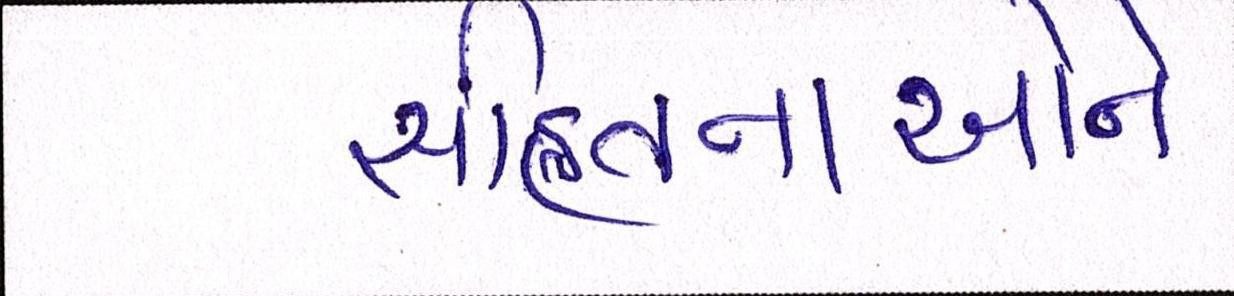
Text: સહિતનાઓને